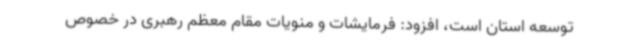
توسعه استان است، افزود: فرمایشات و منویات مقام معظم رهبری در خصوص